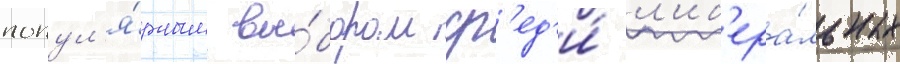
попул'я́рным вы́бором ср'ед'и́ л'иб'ера́льных